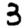
Digit: 3